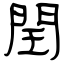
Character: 閏